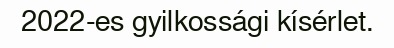
2022-es gyilkossági kísérlet.